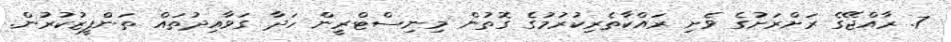
7. ރާއްޖޭގެ ރަށްރަށުގެ ވެށި ރައްކާތެރިކުރުމުގެ ގޮތުން މިނިސްޓްރީން ހަދާ ގަވާއިދުތައް ތަންފީޒުކުރުން.